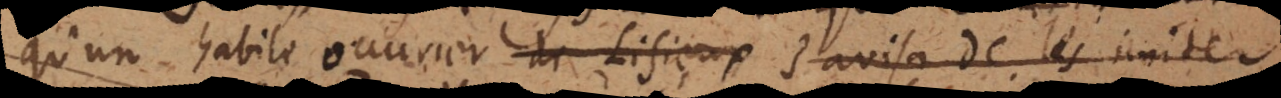
ouv habile ouvrier de Lisieux s’avisa de les imiter